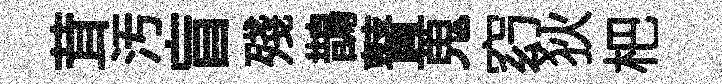
茸汚盲殘鵲瞽蒐𥥆狄杷